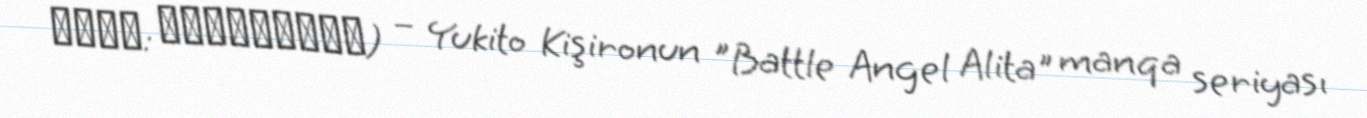
アリータ: バトル・エンジェル) – Yukito Kişironun "Battle Angel Alita" manqa seriyası